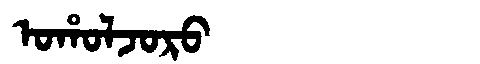
Manchu: ᠣᡥᠣᠯᠵᠣᡵᠣ
Romanization: OHOLJORO